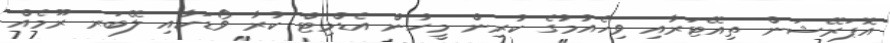
އޮޕަރޭޝަން ތިއޭޓަރާއި ވިހެއުމުގެ ކުރިން މީހުން އެޑްމިޓް ކުރާ ވޯޑަކާއި ލޭބަރ ރޫމެއް